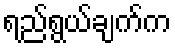
ရည်ရွယ်ချက်က